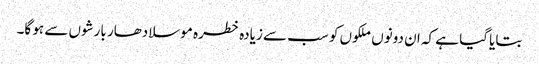
بتایا گیا ہے کہ ان دونوں ملکوں کو سب سے زیادہ خطرہ موسلادھار بارشوں سے ہو گا۔